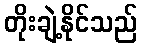
တိုးချဲ့နိုင်သည်